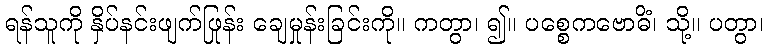
ရန်သူကို နှိပ်နင်းဖျက်ဖြုန်း ချေမှုန်းခြင်းကို။ ကတွာ၊ ၍။ ပစ္စေကဗောဓိံ၊ သို့။ ပတွာ၊